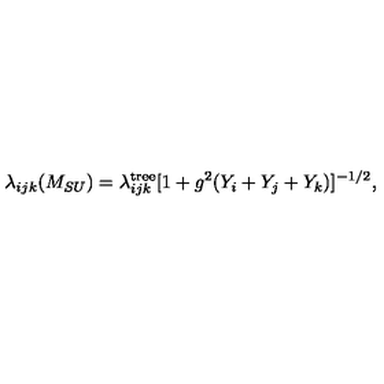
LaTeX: \lambda _ { i j k } ( M _ { S U } ) = \lambda _ { i j k } ^ { \mathrm { t r e e } } [ 1 + g ^ { 2 } ( Y _ { i } + Y _ { j } + Y _ { k } ) ] ^ { - 1 / 2 } ,